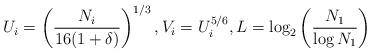
LaTeX: \begin{align*}U_{i}=\left (\frac{N_{i}}{16(1+\delta)} \right )^{1/3},V_{i}=U_{i}^{5/6}, L=\log_{2}\left (\frac{N_{1}}{\log N_{1}}\right )\end{align*}